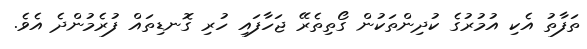
ތަފާތު އެކި އުމުރުގެ ކުދިންތަކުން ގޯތިތެރޭ ޖަހާފައި ހުރި ގޮނޑިތައް ފުރެމުންދެ އެވެ.